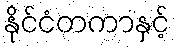
နိုင်ငံတကာနှင့်